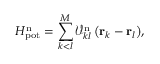
H _ { \mathrm { p o t } } ^ { \mathrm { n } } = \sum _ { k < l } ^ { M } { \mathcal { V } _ { k l } ^ { \mathrm { n } } \left( { \bf r } _ { k } - { \bf r } _ { l } \right) } ,